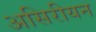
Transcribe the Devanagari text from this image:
असिरीयन